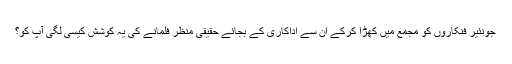
جونئیر فنکاروں کو مجمع میں کھڑا کرکے ان سے اداکاری کے بجائے حقیقی منظر فلمانے کی یہ کوشش کیسی لگی آپ کو؟